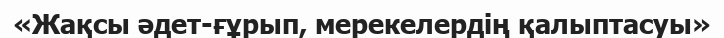
«Жақсы әдет-ғұрып, мерекелердің қалыптасуы»